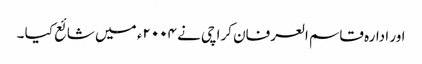
اور ادارہ قاسم العرفان کراچی نے ۲۰۰۴ء میں شائع کیا ۔